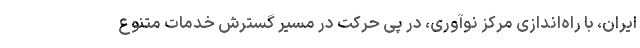
ایران، با راه‌اندازی مرکز نوآوری، در پی حرکت در مسیر گسترش خدمات متنوع